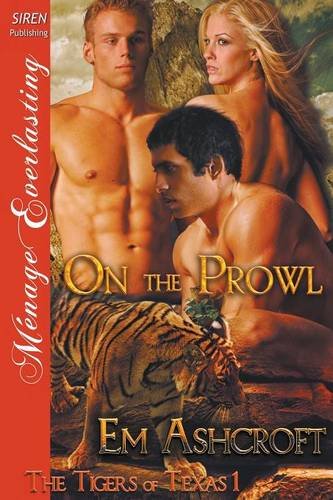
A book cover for On the Prowl [The Tigers of Texas 1] (Siren Publishing Menage Everlasting); Em Ashcroft; Romance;